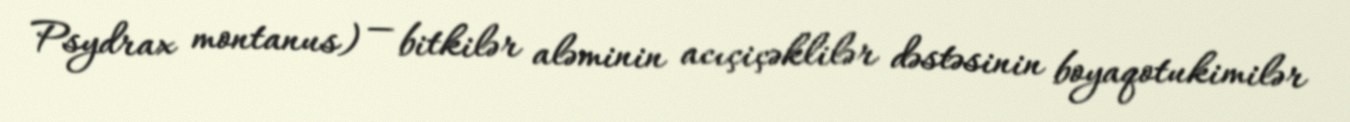
Psydrax montanus) — bitkilər aləminin acıçiçəklilər dəstəsinin boyaqotukimilər